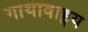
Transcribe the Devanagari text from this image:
गाथावाड्मय